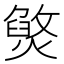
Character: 㷺